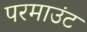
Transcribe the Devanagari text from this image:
परमाउंट